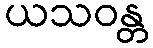
ယသဝန္တ